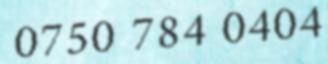
0750 784 0404